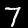
Digit: 7